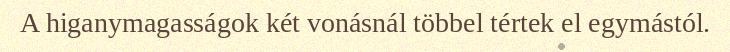
A higanymagasságok két vonásnál többel tértek el egymástól.